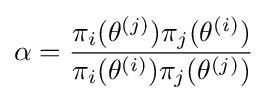
\alpha ={\frac {\pi _{i}(\theta ^{(j)})\pi _{j}(\theta ^{(i)})}{\pi _{i}(\theta ^{(i)})\pi _{j}(\theta ^{(j)})}}\